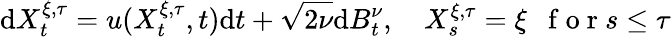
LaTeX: \mathrm{d}X_{t}^{\xi,\tau}=u(X_{t}^{\xi,\tau},t)\mathrm{d}t+\sqrt{2\nu}\mathrm{d}B_{t}^{\nu},\quad X_{s}^{\xi,\tau}=\xi\ \ \mathrm{~f~o~r~}s\leq\tau